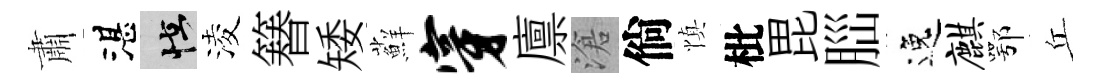
肅湛怪淩簮矮蘚穿廪滄倘慎枇毘𦛁逸麒鄂丘